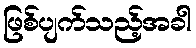
ဖြစ်ပျက်သည့်အခါ